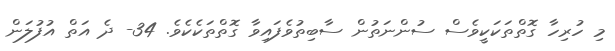
މި ހުރިހާ ގޮތްތަކަކީވެސް ސުންނަތުން ސާބިތުވެފައިވާ ގޮތްތަކެކެވެ. 34- ދެ އަތް އުފުލަން